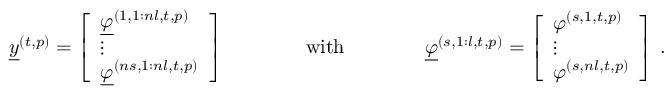
\begin{array} { r } { \underline { { y } } ^ { ( t , p ) } = \left[ \begin{array} { l } { \underline { { \varphi } } ^ { ( 1 , 1 : n l , t , p ) } } \\ { \vdots } \\ { \underline { { \varphi } } ^ { ( n s , 1 : n l , t , p ) } } \end{array} \right] \qquad \qquad \mathrm { w i t h } \qquad \qquad \underline { { \varphi } } ^ { ( s , 1 : l , t , p ) } = \left[ \begin{array} { l } { \varphi ^ { ( s , 1 , t , p ) } } \\ { \vdots } \\ { \varphi ^ { ( s , n l , t , p ) } } \end{array} \right] \, . } \end{array}